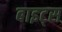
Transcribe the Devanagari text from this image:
बाइट्‌स